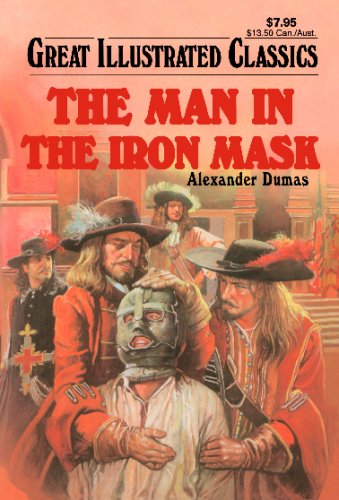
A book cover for The Man in the Iron Mask (Great Illustrated Classics); Alexander Dumas; Comics & Graphic Novels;